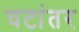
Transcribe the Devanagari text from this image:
घटांतर